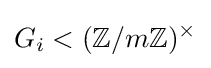
G_{i}<(\mathbb {Z} /m\mathbb {Z} )^{\times }